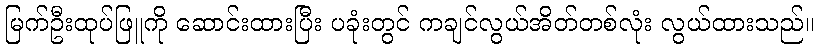
မြက်ဦးထုပ်ဖြူကို ဆောင်းထားပြီး ပခုံးတွင် ကချင်လွယ်အိတ်တစ်လုံး လွယ်ထားသည်။